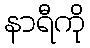
နာရီကို